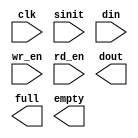
module dma_fifo (
	clk,
	sinit,
	din,
	wr_en,
	rd_en,
	dout,
	full,
	empty);    // synthesis black_box

input clk;
input sinit;
input [7 : 0] din;
input wr_en;
input rd_en;
output [7 : 0] dout;
output full;
output empty;

// synopsys translate_off

	SYNC_FIFO_V2_0 #(
		1,	// c_dcount_width
		0,	// c_enable_rlocs
		0,	// c_has_dcount
		0,	// c_has_rd_ack
		0,	// c_has_rd_err
		0,	// c_has_wr_ack
		0,	// c_has_wr_err
		1,	// c_memory_type
		0,	// c_ports_differ
		1,	// c_rd_ack_low
		1,	// c_rd_err_low
		8,	// c_read_data_width
		512,	// c_read_depth
		8,	// c_write_data_width
		512,	// c_write_depth
		1,	// c_wr_ack_low
		1)	// c_wr_err_low
	inst (
		.CLK(clk),
		.SINIT(sinit),
		.DIN(din),
		.WR_EN(wr_en),
		.RD_EN(rd_en),
		.DOUT(dout),
		.FULL(full),
		.EMPTY(empty));


// synopsys translate_on

// FPGA Express black box declaration
// synopsys attribute fpga_dont_touch "true"
// synthesis attribute fpga_dont_touch of dma_fifo is "true"

// XST black box declaration
// box_type "black_box"
// synthesis attribute box_type of dma_fifo is "black_box"

endmodule